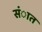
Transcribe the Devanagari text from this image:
संात